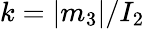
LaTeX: k=|m_{3}|/I_{2}